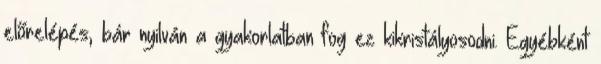
előrelépés, bár nyilván a gyakorlatban fog ez kikristályosodni. Egyébként